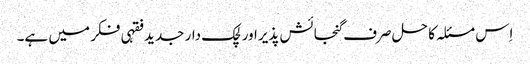
اِس مسئلہ کا حل صرف گنجائش پذیراور لچک دار جدید فقہی فکر میں ہے۔